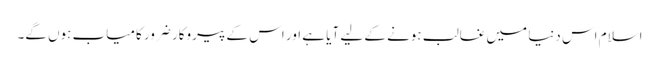
اسلام اس دنیا میں غالب ہونے کے لیے آیا ہے اور اس کے پیروکار ضرور کامیاب ہوں گے۔